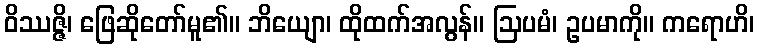
ဝိဿဇ္ဇိ၊ ဖြေဆိုတော်မူ၏။ ဘိယျော၊ ထိုထက်အလွန်။ ဩပမံ၊ ဥပမာကို။ ကရောဟိ၊